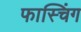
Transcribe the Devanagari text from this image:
फास्चिंग